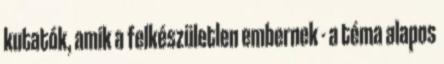
kutatók, amik a felkészületlen embernek - a téma alapos